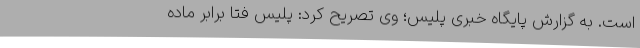
است. به گزارش پایگاه خبری پلیس؛ وی تصریح کرد: پلیس فتا برابر ماده